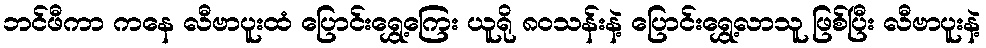
ဘင်ဖီကာ ကနေ လီဗာပူးထံ ပြောင်းရွှေ့ကြေး ယူရို ၈၀သန်းနဲ့ ပြောင်းရွှေ့လာသူ ဖြစ်ပြီး လီဗာပူးနဲ့